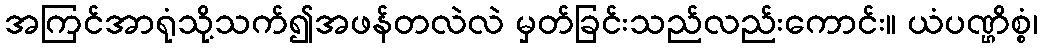
အကြင်အာရုံသို့သက်၍အဖန်တလဲလဲ မှတ်ခြင်းသည်လည်းကောင်း။ ယံပဏ္ဌိစ္စံ၊